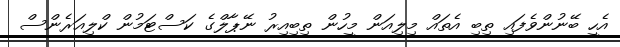
އެހީ ބޭނުންވެފައި ތިބި އެތައް މިލިއަން މީހުން ތިބިއިރު ނޭޕާލްގެ ކަސްޓަމުން ކްލިއަރެންސް